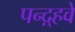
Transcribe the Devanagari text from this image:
पन्द़्हवें